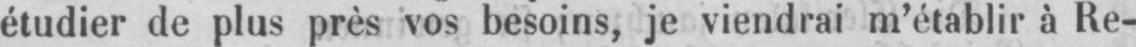
étudier de plus près vos besoins, je viendrai m’établir à Re-